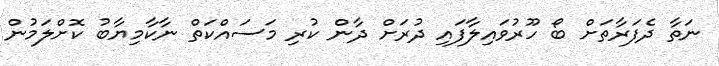
ނަތާ ދެފަރާތަށް ބޯ ހޫރުވައިލާފައި ދުރަށް ދާން ކުރި މަސައްކަތް ނާކާމިޔާބު ކޮށްލަމުން